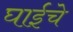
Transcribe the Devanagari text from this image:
घाईचे